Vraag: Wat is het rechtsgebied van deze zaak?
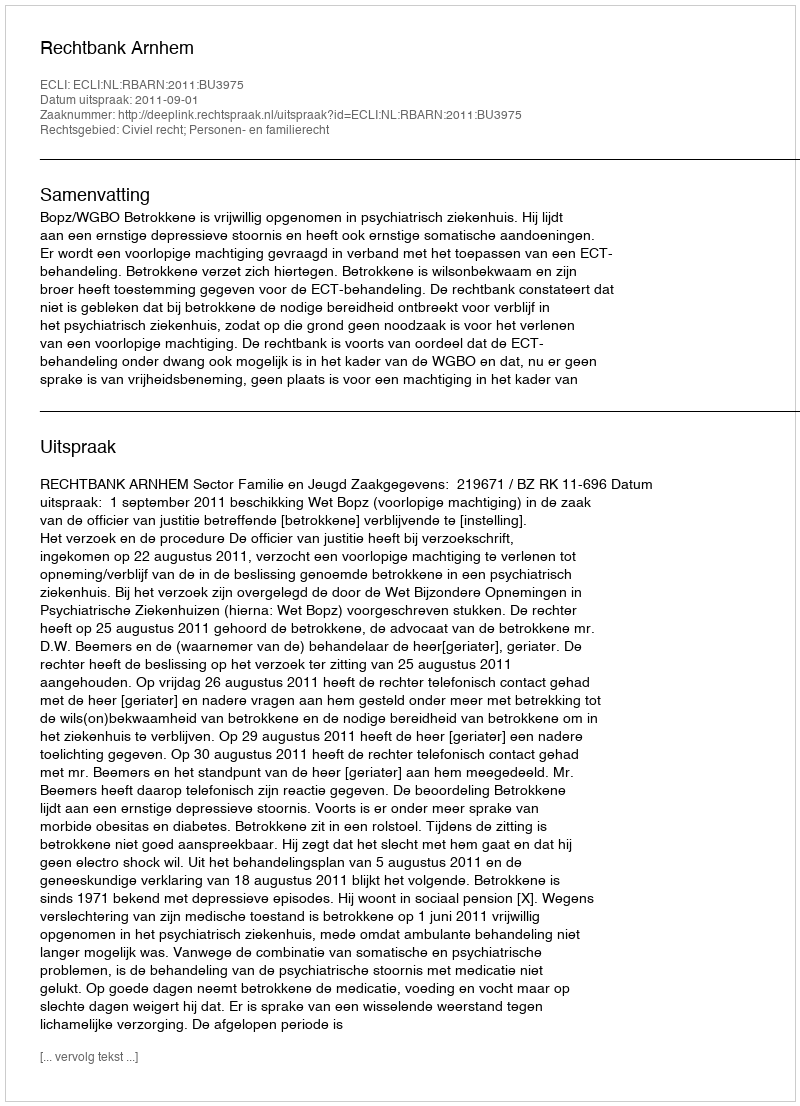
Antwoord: Civiel recht; Personen- en familierecht